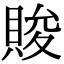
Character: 賐